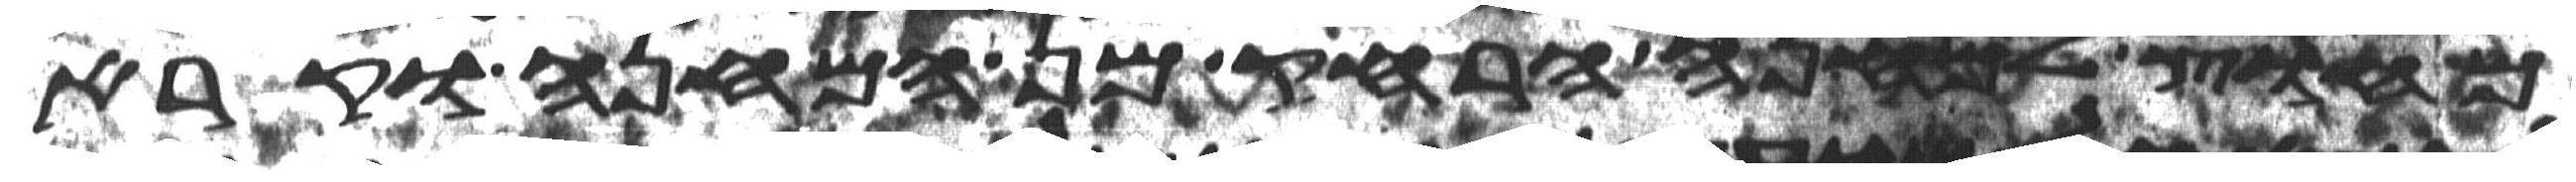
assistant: מחוץ למחנה הרחיק מן המחנה וקרא